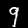
Label: 9